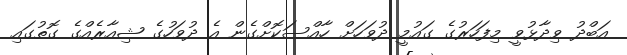
އަބްދު ވިދާޅުވީ މިފަހަރުގެ ގައުމީ ދުވަހަށް ހާއްސަކޮށްގެން އެ ދުވަހުގެ ޝިއާރެއްގެ ގޮތުގައި